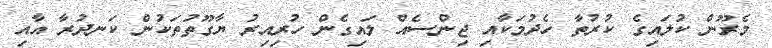
މެރޫން ކުލައިގެ ކުރުތާ ހެދުމަކާއި ޖިންސެއް ލައިގެން ހުރިއިރު ޔާގޫތުތަކުން ކަނދުރާ އާއި